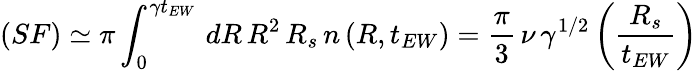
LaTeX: (SF)\simeq\pi\int_{0}^{\gamma t_{EW}}\, dR\, R^{2}\, R_{s}\, n\left(R,t_{EW}\right)=\frac{\pi}{3}\, \nu\, \gamma^{1/2}\left(\frac{R_{s}}{t_{EW}}\right)